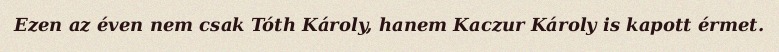
Ezen az éven nem csak Tóth Károly, hanem Kaczur Károly is kapott érmet.